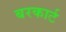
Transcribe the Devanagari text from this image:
बरकार्ट